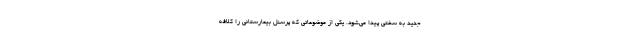
جدید به سختی پیدا می‌شود. یکی از موضوعاتی که پرسنل بیمارستانی را کلافه